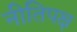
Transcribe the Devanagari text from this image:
नीतिपक्ष